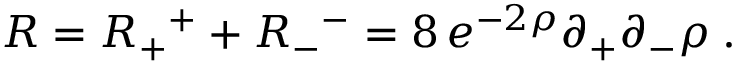
R = R _ { + } ^ { \ \ + } + R _ { - } ^ { \ \ - } = 8 \, e ^ { - 2 \rho } \partial _ { + } \partial _ { - } \rho \; .